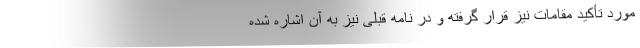
مورد تأکید مقامات نیز قرار گرفته و در نامه قبلی نیز به آن اشاره شده